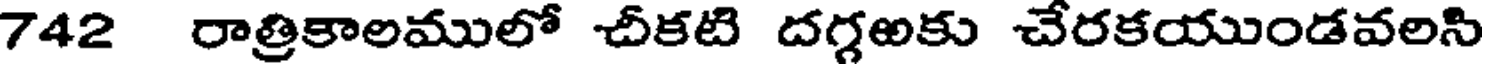
742 రాత్రికాలములో చీకటి దగ్గఱకు చేరకయుండవలసి